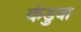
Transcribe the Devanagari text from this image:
कंडुवा